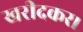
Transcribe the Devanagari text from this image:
खरीदकर।